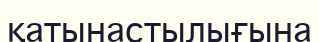
қатынастылығына